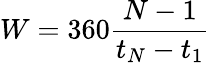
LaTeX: W=360\frac{N-1}{t_{N}-t_{1}}